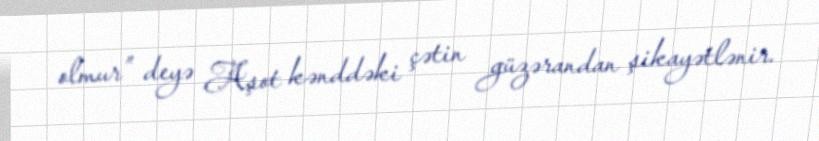
olmur” deyə Aşot kənddəki çətin güzərandan şikayətlənir.